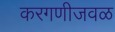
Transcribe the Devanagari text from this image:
करगणीजवळ